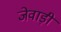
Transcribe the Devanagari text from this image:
जेवाड़ी